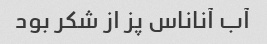
آب آناناس پز از شکر بود